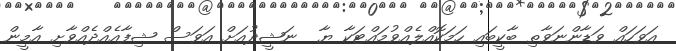
އަވަހައް ވަޑާންނަވާތި ބާކީބައި ހަމަކޮއްލެއްވުމައްޓަކާ ޔާ  ނަޝީދުއަށް އަވަސް ޝިފާއެއްދެއްވާށި އާމީން